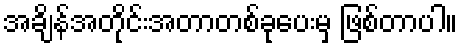
အချိန်အတိုင်းအတာတစ်ခုပေးမှ ဖြစ်တာပါ။